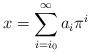
LaTeX: \begin{align*} x=\sum_{i=i_{0}}^{\infty}a_i\pi^{i}\end{align*}